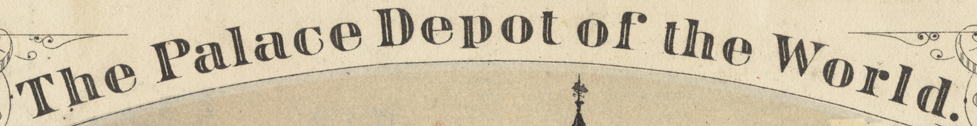
The Palace Depot of the World.